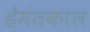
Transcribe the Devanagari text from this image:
हेमंतकाल